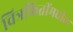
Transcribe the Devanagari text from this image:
चित्रफितींमधील